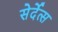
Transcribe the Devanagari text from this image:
सेर्देत्स